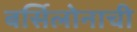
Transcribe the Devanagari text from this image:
बर्सिलोनाची